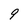
Character: 9